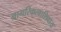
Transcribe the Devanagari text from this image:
नागरिकत्वाशिवाय